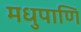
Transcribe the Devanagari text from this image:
मधुपाणि